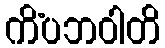
ကိံပဘဝါတိ